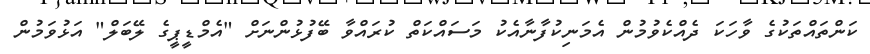
ކަންތައްތަކުގެ ވާހަކަ ދެއްކެވުމުން އެމަނިކުފާނާއެކު މަސައްކަތް ކުރައްވާ ބޭފުޅުންނަށް "އެމްޑީޕީގެ ލޭބަލް" އަޅުވަމުން